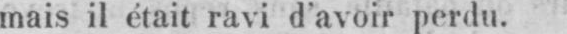
mais il était ravi d’avoir perdu.